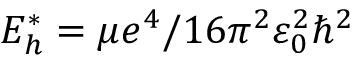
E _ { h } ^ { * } = \mu e ^ { 4 } / 1 6 \pi ^ { 2 } \varepsilon _ { 0 } ^ { 2 } \hbar ^ { 2 }